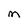
Character: M